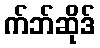
က်ဘ်ဆိုဒ်